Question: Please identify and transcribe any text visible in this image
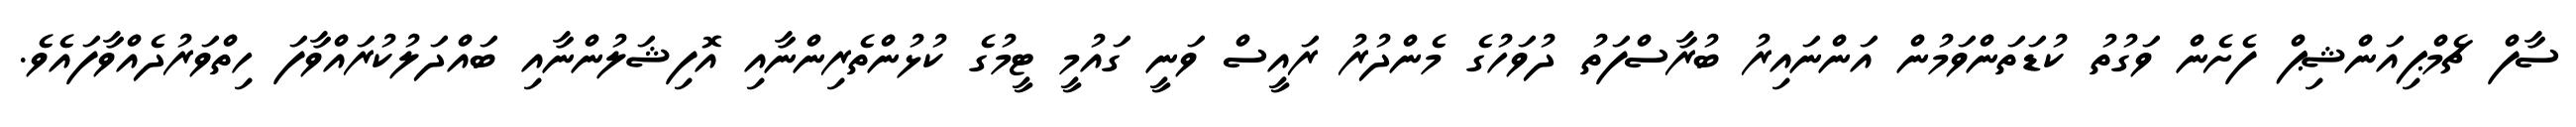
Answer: ސާފް ޗެމްޕިއަންޝިޕް ފެށެން ވަގުތު ކުޑަތަންވަމުން އަންނައިރު ބުރާސްފަތު ދުވަހުގެ މެންދުރު ރައީސް ވަނީ ގައުމީ ޓީމުގެ ކުޅުންތެރިންނާއި އޮފިޝަލުންނާއި ބައްދަލުކުރައްވާފަ ހިތްވަރުދެއްވާފައެވެ.